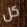
كل